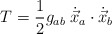
\begin{align*}T=\frac{1}{2} g_{ab}\; \dot{\vec{x}}_a\cdot \dot{\vec{x}}_b\end{align*}